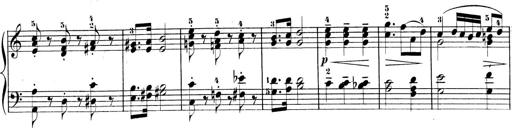
Title: 3 Sonatinen, Op.8
Composer: Isidor Wilhelm Seiss